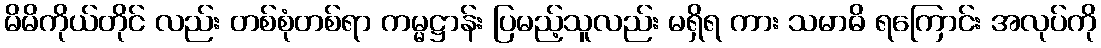
မိမိကိုယ်တိုင် လည်း တစ်စုံတစ်ရာ ကမ္မဋ္ဌာန်း ပြမည့်သူလည်း မရှိရ ကား သမာဓိ ရကြောင်း အလုပ်ကို